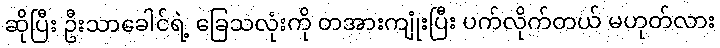
ဆိုပြီး ဦးသာခေါင်ရဲ့ ခြေသလုံးကို တအားကျုံးပြီး ပက်လိုက်တယ် မဟုတ်လား